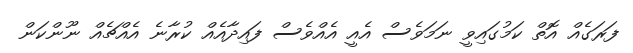
ފަރަގެއް އޮތް ކަމުގައިވީ ނަމަވެސް އެއީ އެއްވެސް ފައިދާއެއް ކުރާނެ އެއްޗެއް ނޫންކަން